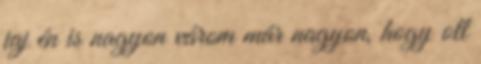
jaj én is nagyon várom már nagyon, hogy ott